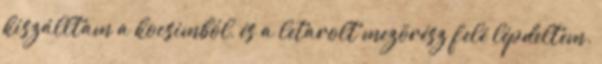
kiszálltam a kocsimból, és a letarolt mezõrész felé lépdeltem.